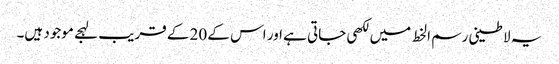
یہ لاطینی رسم الخط میں لکھی جاتی ہے اور اس کے 20 کے قریب لہجے موجود ہیں۔